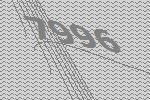
7996